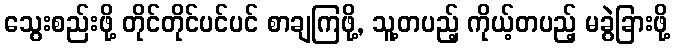
သွေးစည်းဖို့ တိုင်တိုင်ပင်ပင် စာချကြဖို့, သူ့တပည့် ကိုယ့်တပည့် မခွဲခြားဖို့